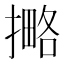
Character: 𰔡